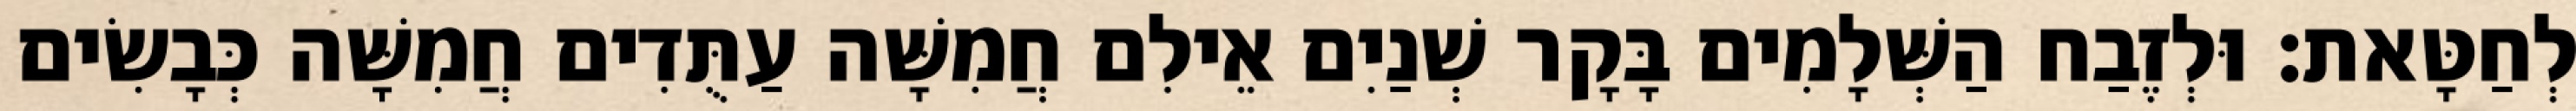
לְחַטָּאת׃ וּלְזֶבַח הַשְּׁלָמִים בָּקָר שְׁנַיִם אֵילִם חֲמִשָּׁה עַתֻּדִים חֲמִשָּׁה כְּבָשִׂים